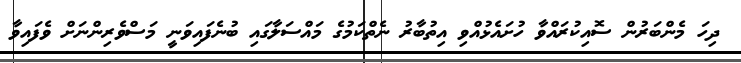
ދިހަ މެންބަރުން ސޮއިކުރައްވާ ހުށައެޅުއްވި އިތުބާރު ނެތްކަމުގެ މައްސަލާގައި ބުނެފައިވަނީ މަސްވެރިންނަށް ވެފައިވާ